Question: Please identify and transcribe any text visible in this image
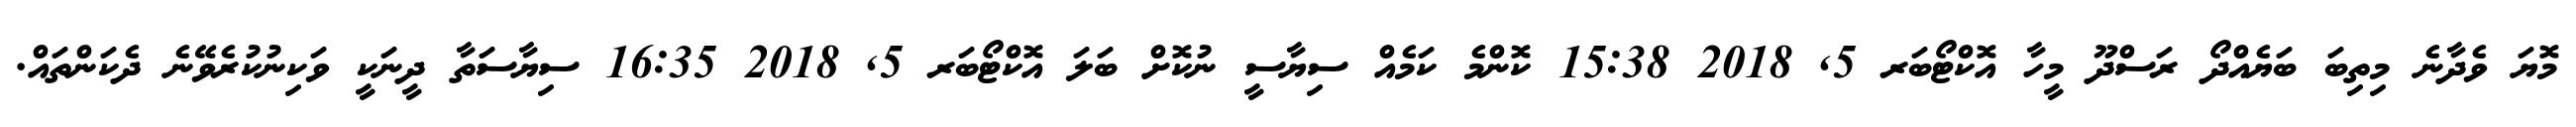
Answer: މޮޔަ ވެދާނެ މިތިބަ ބަޔެއްދޯ ރަސްދޫ މީހާ އޮކްޓޯބަރ 5, 2018 15:38 ކޮންމެ ކަމެއް ސިޔާސީ ނުކޮށް ބަލަ އޮކްޓޯބަރ 5, 2018 16:35 ސިޔާސަތާ ދީނަކީ ވަކިނުކުރެވޭނެ ދެކަންތައް.